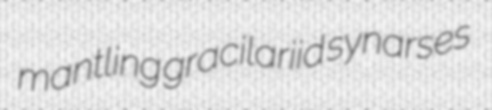
mantling gracilariid synarses